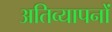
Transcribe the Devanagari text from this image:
अतिव्यापनों